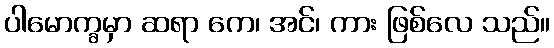
ပါမောက္ခမှာ ဆရာ ကေ၊ အင်၊ ကား ဖြစ်လေ သည်။